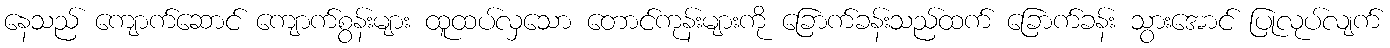
နေသည် ကျောက်ဆောင် ကျောက်စွန်းများ ထူထပ်လှသော တောင်ကုန်းများကို ခြောက်ခန်းသည်ထက် ခြောက်ခန်း သွားအောင် ပြုလုပ်လျက်